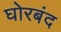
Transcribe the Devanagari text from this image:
घोरबंद